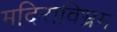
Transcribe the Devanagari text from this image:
मदिराविभ्रम